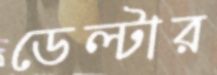
ডেল্টার